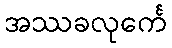
အဿခလုင်္ကေ